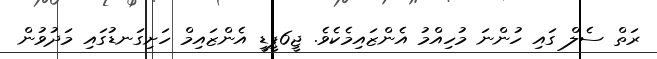
ރަތް ސެލް ގައި ހުންނަ މުހިއްމު އެންޒައިމެކެވެ. ޖީ6ޕީޑީ އެންޒައިމް ހަށިގަނޑުގައި މަދުވުން